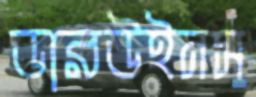
ডারউইনস